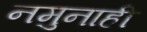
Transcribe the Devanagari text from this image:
नमुनाही